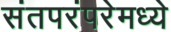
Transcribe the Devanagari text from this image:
संतपरंपरेमध्ये